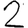
Digit: 2